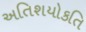
અતિશયોકતિ